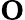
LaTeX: \mathrm{\mathbf O}